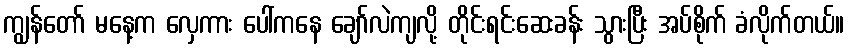
ကျွန်တော် မနေ့က လှေကား ပေါ်ကနေ ချော်လဲကျလို့ တိုင်းရင်းဆေးခန်း သွားပြီး အပ်စိုက် ခံလိုက်တယ်။